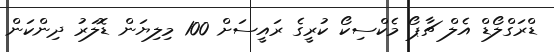
ޑްރަގްލޯޑް އެލް ޗާޕޯ މެކްސިކޯ ކުރީގެ ރައީސަށް 100 މިލިޔަން ޑޮލަރު ދިންކަން